Indian journal of veterinary science and animal husbandry - Volume 14,
Year: 1944
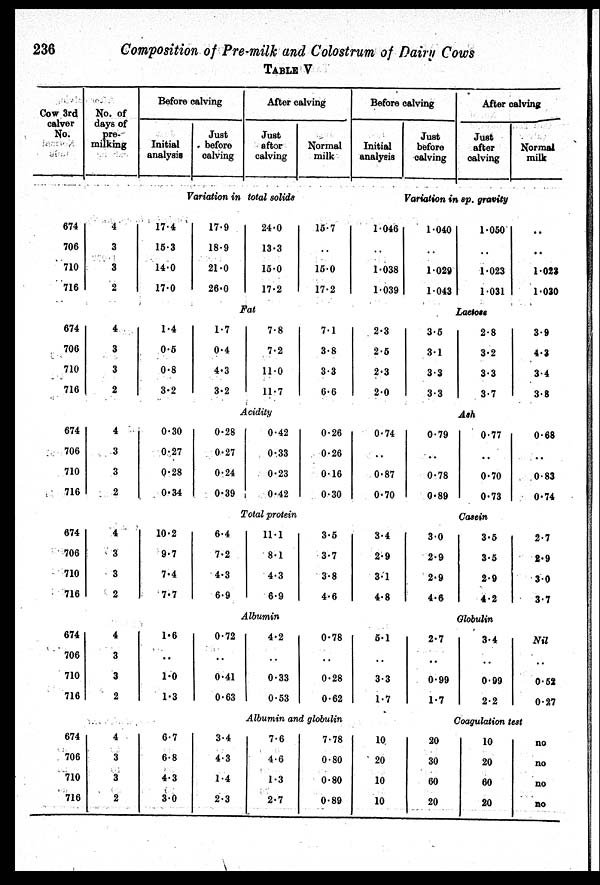
236
Composition of Pre-milk and Colostrum of Dairy Cows
TABLE V
Cow 3rd
calver
No.
674
706
710
716
674
706
710
716
674
706
710
716
674
706
710
716
674
706
710
716
674
706
710
716
No. of
days of
pre¬
milking
4
3
3
2
4
3
3
2
4
3
3
2
4
3
3
2
4
3
3
2
4
3
3
2
Before calving
Initial
analysis
Just
before
calving
After calving
Just
after
calving
Normal
milk
Variation in total solids
17.4
15.3
14.0
17.0
17.9
18.9
21.0
26.0
24.0
13.3
15.0
17.2
15.7
15.0
17.2
Fat
1.4
0.5
0.8
3.2
1.7
0.4
4.3
3.2
7.8
7.2
11.0
11.7
7.1
3.8
3.3
6.6
Acidity
0.30
0.27
0.28
0.34
0.28
0.27
0.24
0.39
0.42
0.33
0.23
0.42
0.26
0.26
0.16
0.30
Total protein
10.2
9.7
7.4
7.7
6.4
7.2
4.3
6.9
11.1
8.1
4.3
6.9
3.5
3.7
3.8
4.6
Albumin
1.6
. .
1.0
1.3
0.72
. .
0.41
0.63
4.2
. .
0.33
0.63
0.78
. .
0.28
0.62
Albumin and globulin
6.7
6.8
4.3
3.0
3.4
4.3
1.4
2.3
7.6
4.6
1.3
2.7
7.78
0.80
0.80
0.89
Before calving
Initial
analysis
Just
before
oalving
After oalving
Just
after
calving
Normal
milk
Variation in sp. gravity
1.046
. .
1.038
1.039
1.040
. .
1.029
1.043
1.050
. .
1.023
1.031
. .
. .
1.023
1.030
Lactose
2.3
2.5
2.3
2.0
3.5
3.1
3.3
3.3
2.8
3.2
3.3
3.7
3.9
4.3
3.4
3.8
Ash
0.74
. .
0.87
0.70
0.79
. .
0.78
0.89
0.77
. .
0.70
0.73
0.68
. .
0.83
0.74
Casein
3.4
2.9
3.1
4.8
3.0
2.9
2.9
4.6
3.5
3.5
2.9
4.2
2.7
2.9
3.0
3.7
Globulin
5.1
. .
3.3
1.7
2.7
. .
0.99
1.7
3.4
. .
0.99
2.2
Nil
. .
0.52
0.27
Coagulation test
10
20
10
10
20
30
60
20
10
20
60
20
no
no
no
no